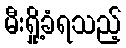
မီးရှို့ခံရသည့်